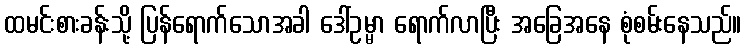
ထမင်းစားခန်းသို့ ပြန်ရောက်သောအခါ ဒေါ်ဥမ္မာ ရောက်လာပြီး အခြေအနေ စုံစမ်းနေသည်။